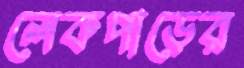
লেকপাড়ের